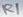
Text: R1